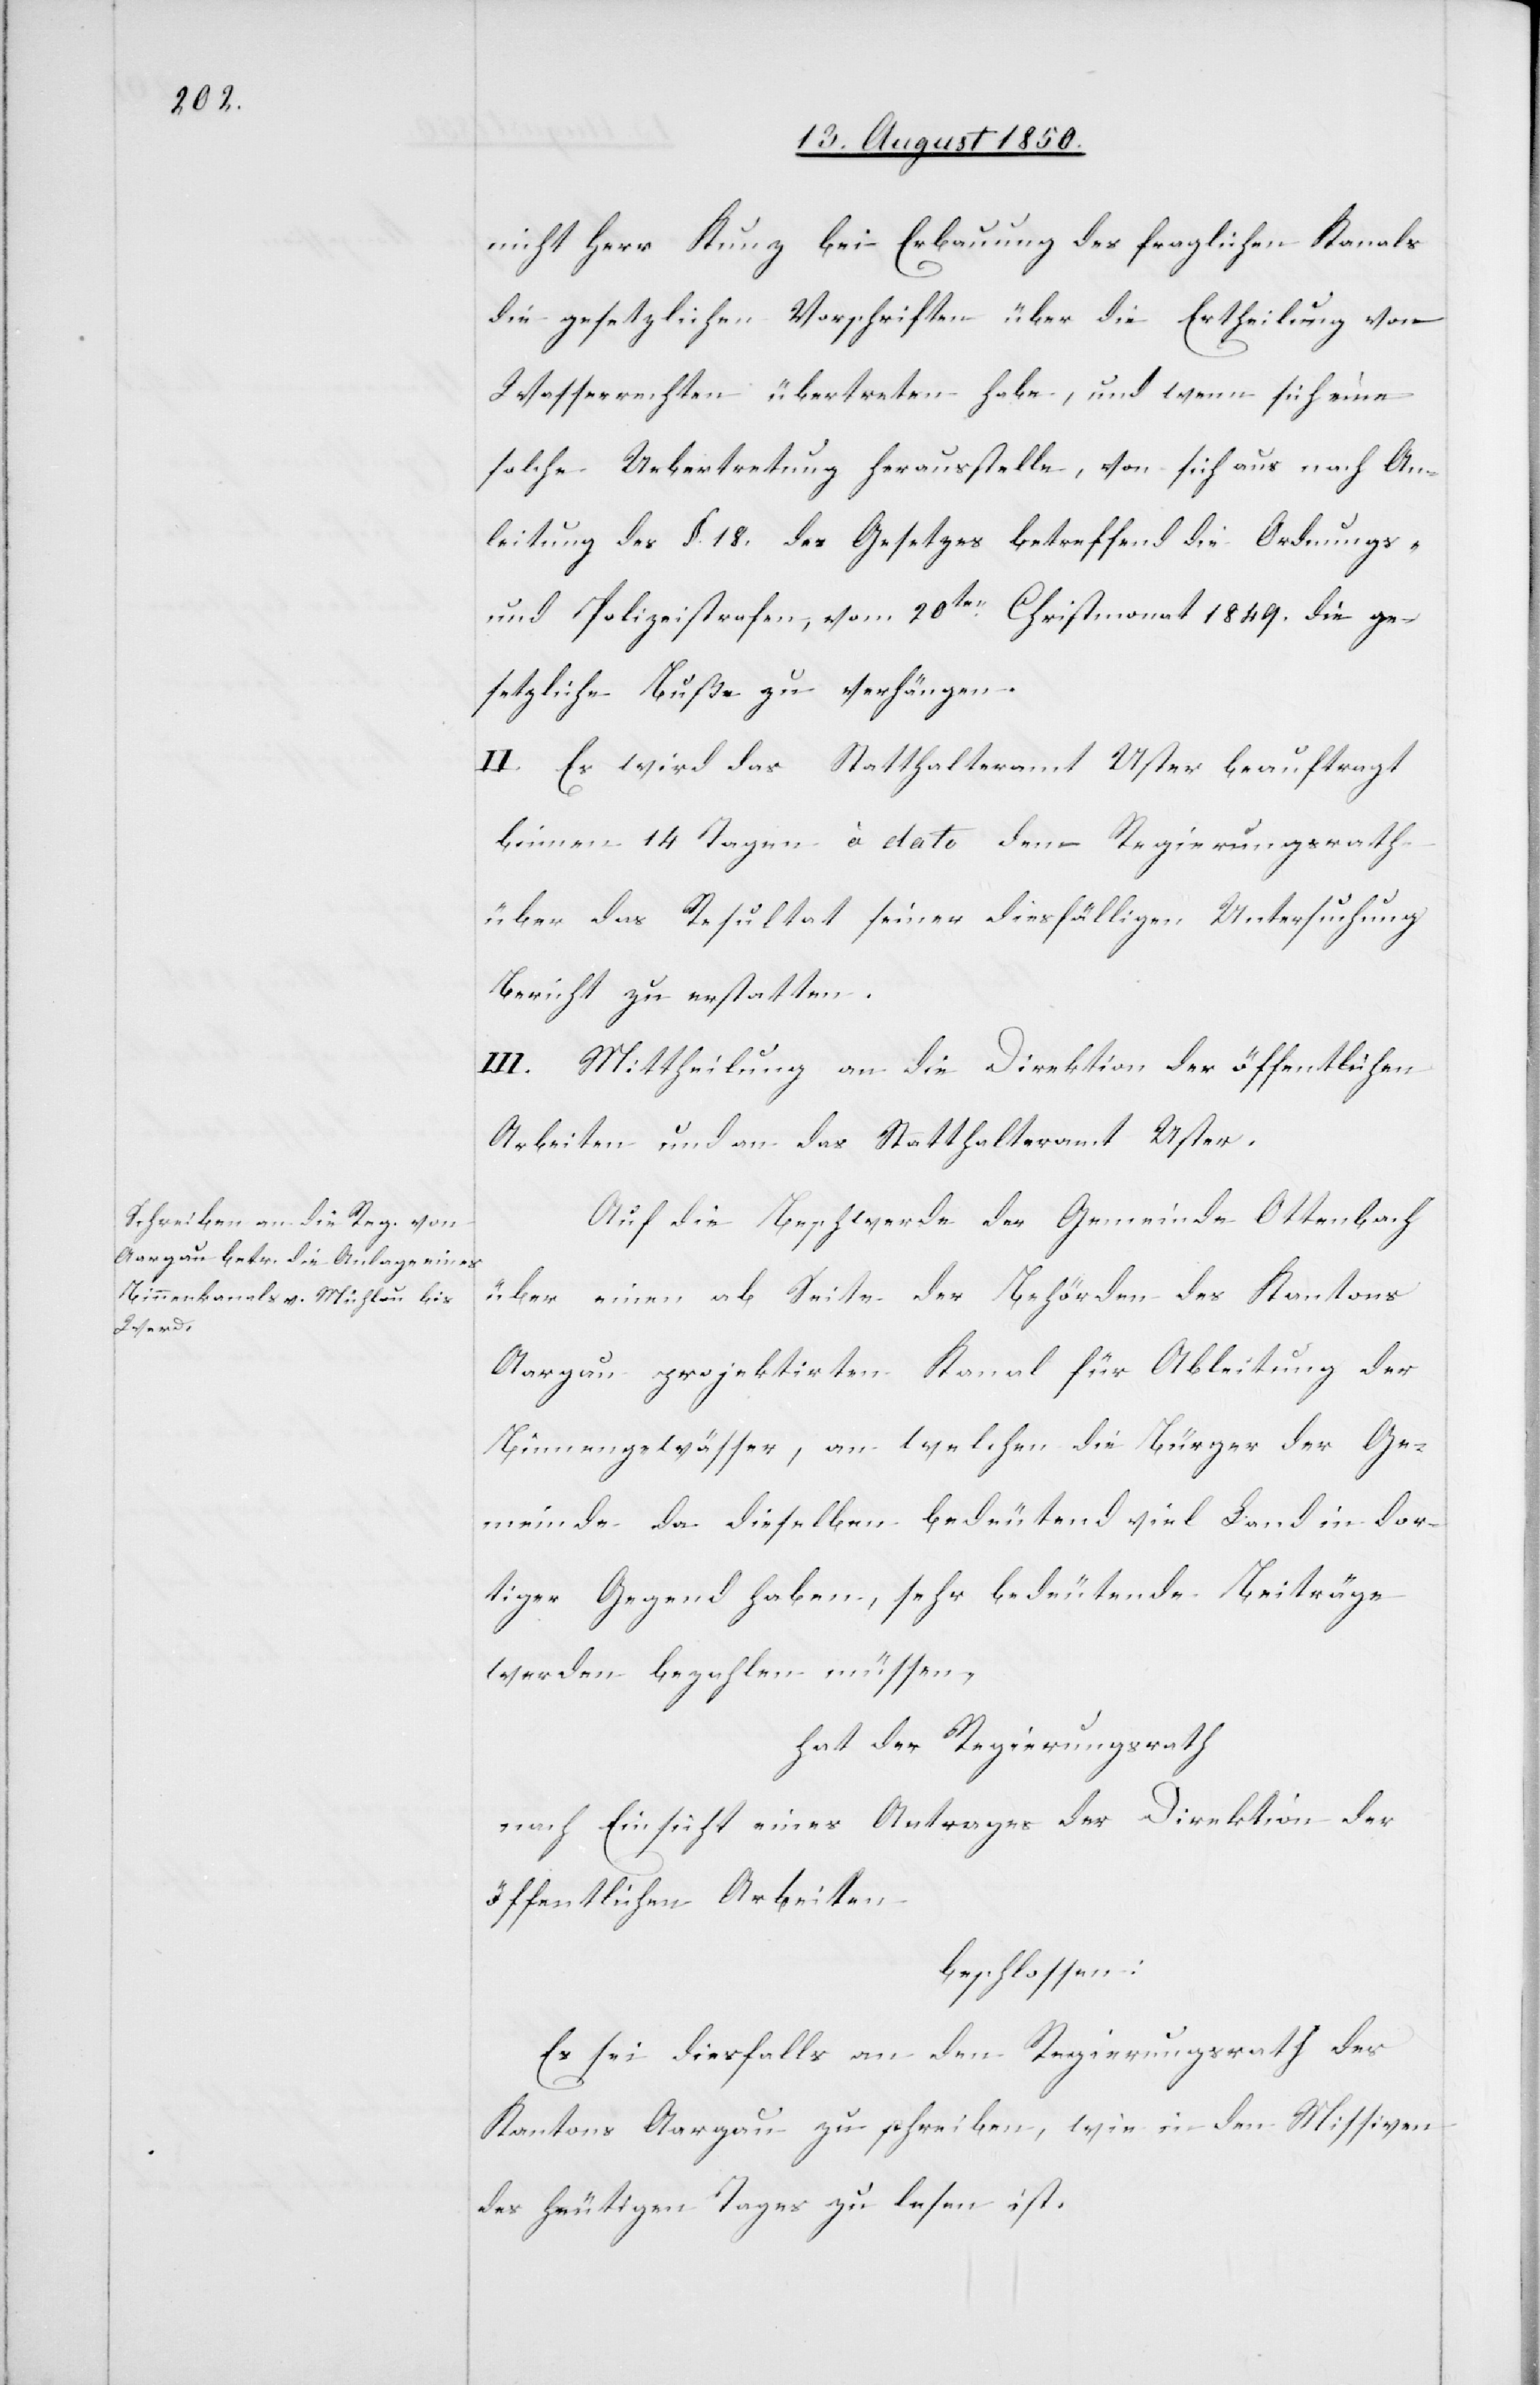
nicht Herr Kunz bei Erbauung des fraglichen Kanals
die gesetzlichen Vorschriften über die Ertheilung von
Wasserrechten übertreten habe, und wenn sich eine
solche Uebertretung herausstelle, von sich aus nach An¬
leitung des §. 18. des Gesetzes betreffend die Ordnungs-
und Polizeistrafen, vom 20ten Christmonat 1849. die ge¬
setzliche Buße zu verhängen.
II. Es wird das Statthalteramt Uster beauftragt
binnen 14 Tagen à dato dem Regierungsrathe
über das Resultat seiner diesfälligen Untersuchung
Bericht zu erstatten.
III. Mittheilung an die Direktion der öffentlichen
Arbeiten und an das Statthalteramt Uster.
Auf die Beschwerde der Gemeinde Ottenbach
über einen ab Seite der Behörden des Kantons
Aargau projektirten Kanal für Ableitung der
Binnengewässer, an welchen die Bürger der Ge¬
meinde da dieselben bedeutend viel Land in dor¬
tiger Gegend haben, sehr bedeutende Beiträge
werden bezahlen müssen,
hat der Regierungsrath
nach Einsicht eines Antrages der Direktion der
öffentlichen Arbeiten
beschlossen:
Es sei diesfalls an den Regierungsrath des
Kantons Aargau zu schreiben, wie in den Missiven
des heutigen Tages zu lesen ist.